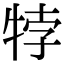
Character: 㹀